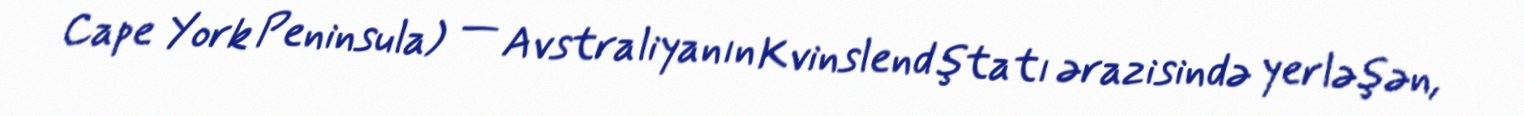
Cape York Peninsula) — Avstraliyanın Kvinslend ştatı ərazisində yerləşən,